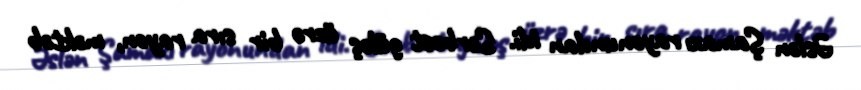
Əslən Şamaxı rayonundan idi. Sərbəst güləş üzrə bir sıra rayon, məktəb